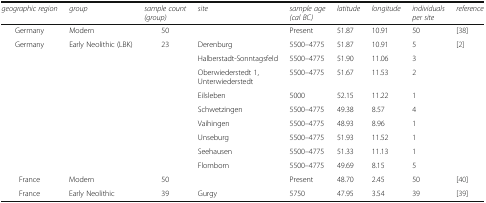
<table><thead><tr><td><b><i>geographic region</i></b></td><td><b><i>group</i></b></td><td><b><i>sample count (group)</i></b></td><td><b><i>site</i></b></td><td><b><i>sample age (cal BC)</i></b></td><td><b><i>latitude</i></b></td><td><b><i>longitude</i></b></td><td><b><i>individuals per site</i></b></td><td><b><i>reference</i></b></td></tr></thead><tbody><tr><td>Germany</td><td>Modern</td><td>50</td><td></td><td>Present</td><td>51.87</td><td>10.91</td><td>50</td><td>[38]</td></tr><tr><td rowspan="9">Germany</td><td rowspan="9">Early Neolithic (LBK)</td><td rowspan="9">23</td><td>Derenburg</td><td>5500–4775</td><td>51.87</td><td>10.91</td><td>5</td><td rowspan="9">[2]</td></tr><tr><td>Halberstadt-Sonntagsfeld</td><td>5500–4775</td><td>51.90</td><td>11.06</td><td>3</td></tr><tr><td>Oberwiederstedt 1, Unterwiederstedt</td><td>5500–4775</td><td>51.67</td><td>11.53</td><td>2</td></tr><tr><td>Eilsleben</td><td>5000</td><td>52.15</td><td>11.22</td><td>1</td></tr><tr><td>Schwetzingen</td><td>5500–4775</td><td>49.38</td><td>8.57</td><td>4</td></tr><tr><td>Vaihingen</td><td>5500–4775</td><td>48.93</td><td>8.96</td><td>1</td></tr><tr><td>Unseburg</td><td>5500–4775</td><td>51.93</td><td>11.52</td><td>1</td></tr><tr><td>Seehausen</td><td>5500–4775</td><td>51.33</td><td>11.13</td><td>1</td></tr><tr><td>Flomborn</td><td>5500–4775</td><td>49.69</td><td>8.15</td><td>5</td></tr><tr><td>France</td><td>Modern</td><td>50</td><td></td><td>Present</td><td>48.70</td><td>2.45</td><td>50</td><td>[40]</td></tr><tr><td>France</td><td>Early Neolithic</td><td>39</td><td>Gurgy</td><td>5750</td><td>47.95</td><td>3.54</td><td>39</td><td>[39]</td></tr></tbody></table>